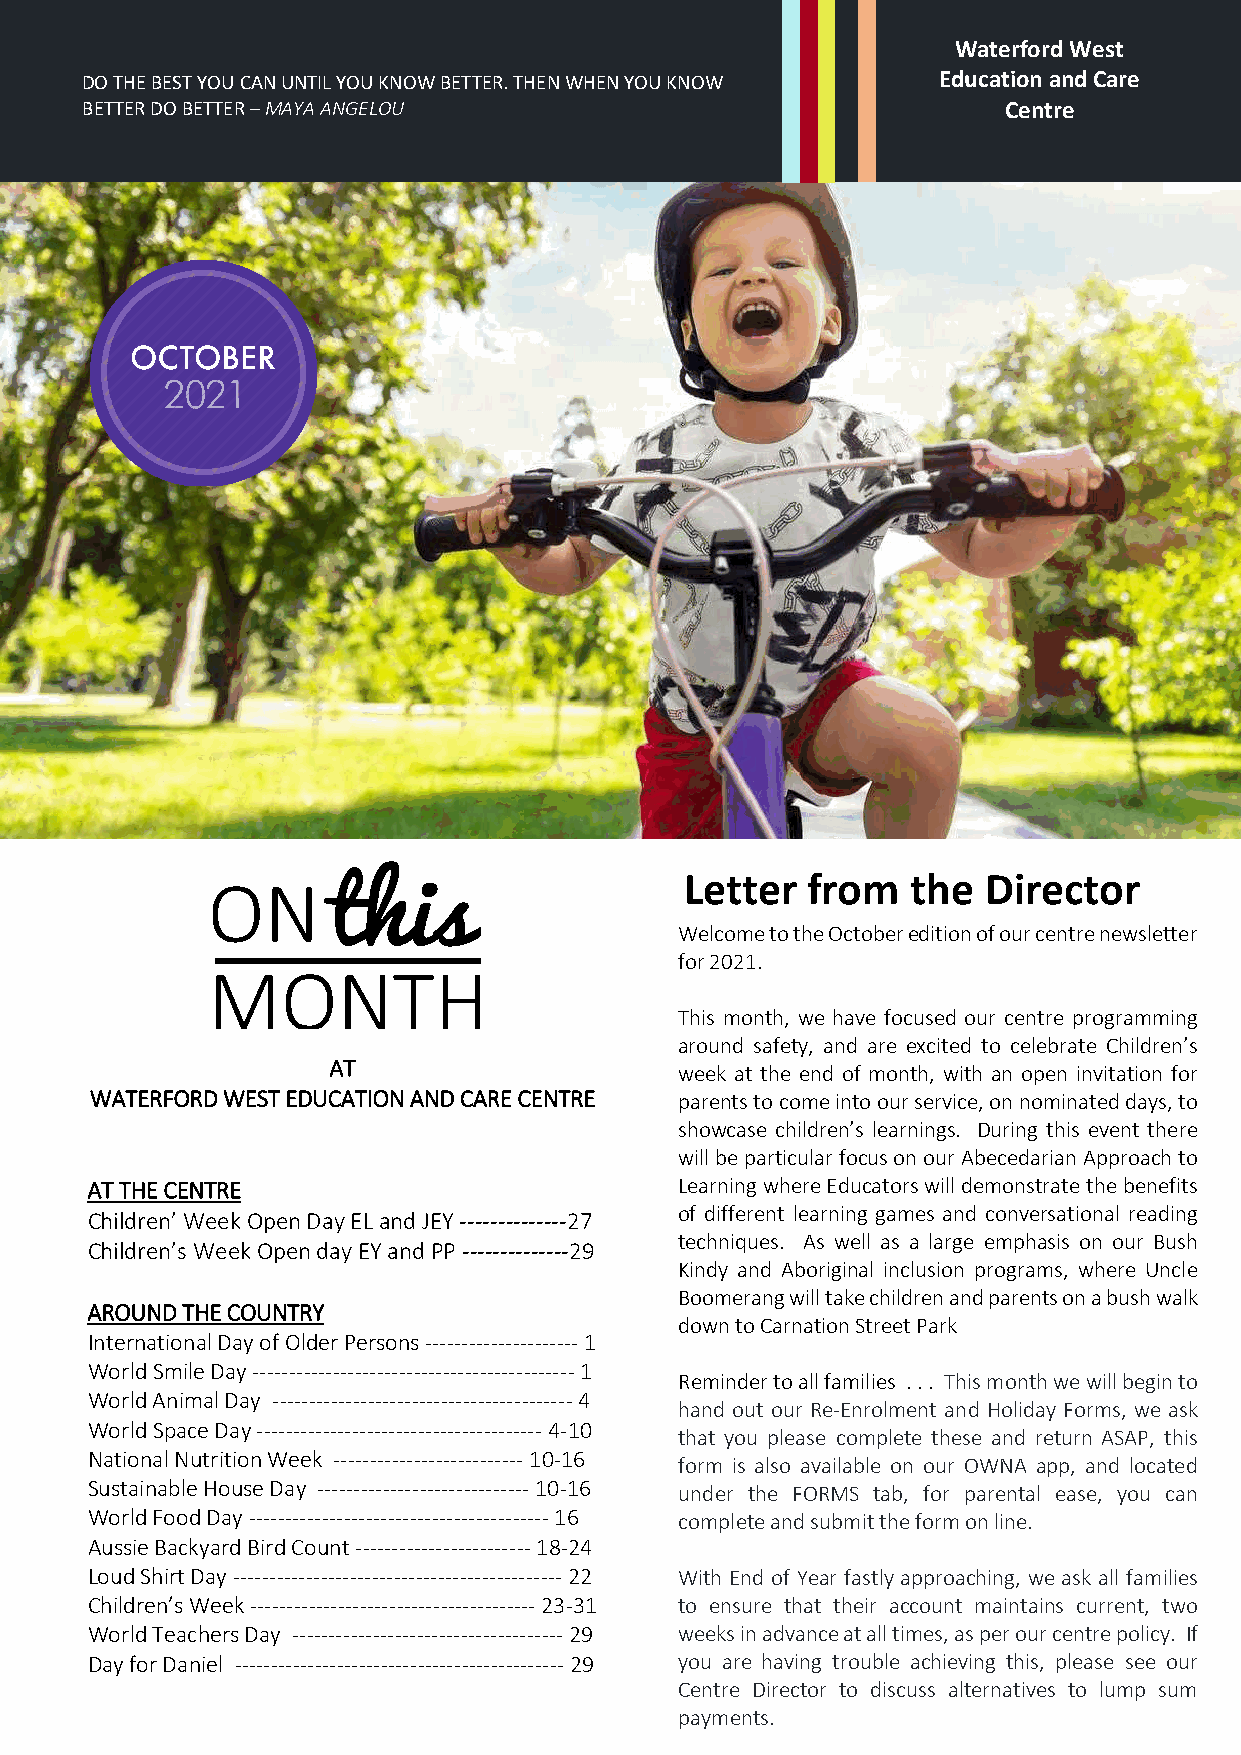
Waterford West
 DO THE BEST YOU CAN UNTIL YOU KNOW BETTER. THEN WHEN YOU KNOW Education and Care
 BETTER DO BETTER – MAYA ANGELOU                              Centre
 Letter  from   the  Director
 Welcome to the October edition of our centre newsletter
 for 2021.
 This month, we have focused our centre programming
 around safety, and are excited to celebrate Children’s
 AT                     week at the end of month, with an open invitation for
 WATERFORD WEST EDUCATION AND CARE CENTRE parents to come into our service, on nominated days, to
 showcase children’s learnings. During this event there
 will be particular focus on our Abecedarian Approach to
 AT THE CENTRE                          Learning where Educators will demonstrate the benefits
 of different learning games and conversational reading
 Children’ Week Open Day EL and JEY --------------27
 techniques. As well as a large emphasis on our Bush
 Children’s Week Open day EY and PP --------------29
 Kindy and Aboriginal inclusion programs, where Uncle
 Boomerang will take children and parents on a bush walk
 AROUND THE COUNTRY
 down to Carnation Street Park
 International Day of Older Persons --------------------- 1
 World Smile Day -------------------------------------------- 1
 Reminder to all families . . . This month we will begin to
 World Animal Day ----------------------------------------- 4
 hand out our Re-Enrolment and Holiday Forms, we ask
 World Space Day --------------------------------------- 4-10
 that you please complete these and return ASAP, this
 National Nutrition Week -------------------------- 10-16
 form is also available on our OWNA app, and located
 Sustainable House Day ----------------------------- 10-16 under the FORMS tab, for parental ease, you can
 World Food Day ----------------------------------------- 16 complete and submit the form on line.
 Aussie Backyard Bird Count ------------------------ 18-24
 Loud Shirt Day --------------------------------------------- 22 With End of Year fastly approaching, we ask all families
 Children’s Week --------------------------------------- 23-31 to ensure that their account maintains current, two
 World Teachers Day ------------------------------------- 29 weeks in advance at all times, as per our centre policy. If
 Day for Daniel --------------------------------------------- 29 you are having trouble achieving this, please see our
 Centre Director to discuss alternatives to lump sum
 payments.